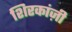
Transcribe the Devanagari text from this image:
शिरकांज़ी